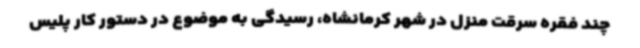
چند فقره سرقت منزل در شهر کرمانشاه، رسیدگی به موضوع در دستور کار پلیس